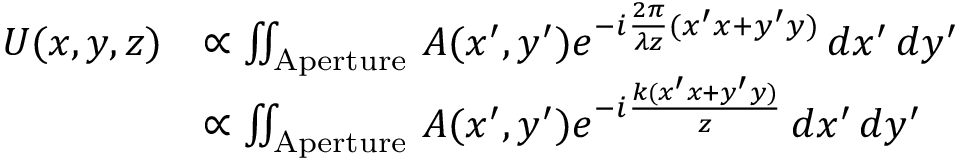
{ \begin{array} { r l } { U ( x , y , z ) } & { \propto \iint _ { \mathrm { A p e r t u r e } } \, A ( x ^ { \prime } , y ^ { \prime } ) e ^ { - i { \frac { 2 \pi } { \lambda z } } ( x ^ { \prime } x + y ^ { \prime } y ) } \, d x ^ { \prime } \, d y ^ { \prime } } \\ & { \propto \iint _ { \mathrm { A p e r t u r e } } \, A ( x ^ { \prime } , y ^ { \prime } ) e ^ { - i { \frac { k ( x ^ { \prime } x + y ^ { \prime } y ) } { z } } } \, d x ^ { \prime } \, d y ^ { \prime } } \end{array} }